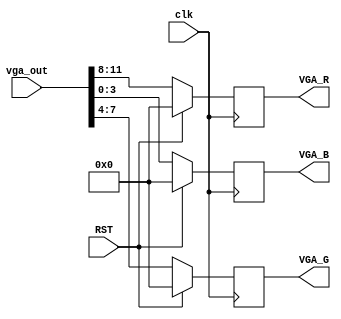
`timescale 1ns / 1ps
module color(clk, vga_out, RST, VGA_R, VGA_G, VGA_B);
    input clk;              // 65MHz
    input [11:0]vga_out;     // 12 bits vga signal
    input RST;              // reset btn
    
    output reg [3:0]VGA_R, VGA_G, VGA_B;  // output  RGB signal

    always @(posedge clk)
    begin
        if(RST)         // ks
        begin
            VGA_R <= 0;
            VGA_G <= 0;
            VGA_B <= 0;
        end
        else
        begin
        {VGA_R, VGA_G, VGA_B} <= vga_out;   // ]mVGAT
        end
    end

endmodule